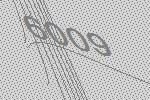
6009